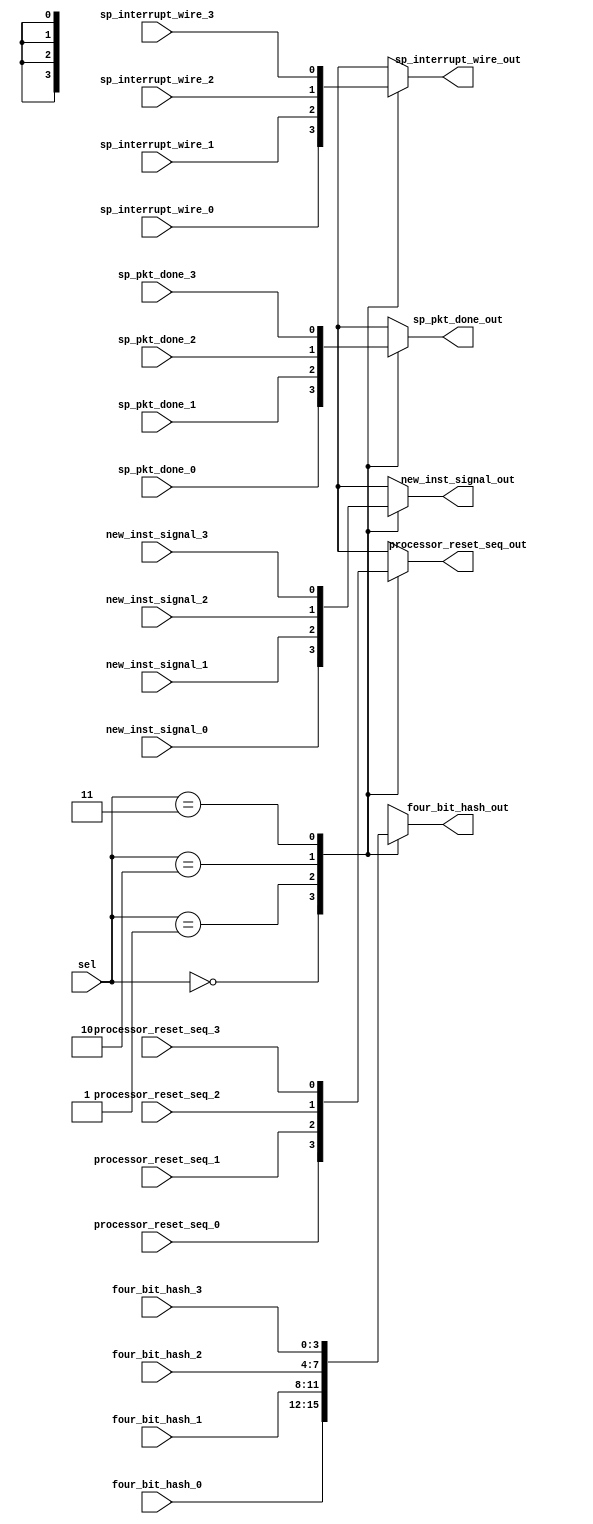
module mux_41(
    input       [1:0] sel,
	 
	 input       [3:0] four_bit_hash_0,
	 input       new_inst_signal_0,
	 input       processor_reset_seq_0,
	 input       sp_pkt_done_0,
	 input       sp_interrupt_wire_0,	

	 input       [3:0] four_bit_hash_1,
	 input       new_inst_signal_1,
	 input       processor_reset_seq_1,
	 input       sp_pkt_done_1,
	 input       sp_interrupt_wire_1,
	 
	 input       [3:0] four_bit_hash_2,
	 input       new_inst_signal_2,
	 input       processor_reset_seq_2,
	 input       sp_pkt_done_2,
	 input       sp_interrupt_wire_2, 

	 input       [3:0] four_bit_hash_3,
	 input       new_inst_signal_3,
	 input       processor_reset_seq_3,
	 input       sp_pkt_done_3,
	 input       sp_interrupt_wire_3,
	 
	 output       [3:0] four_bit_hash_out,
	 output       new_inst_signal_out,
	 output       processor_reset_seq_out,
	 output       sp_pkt_done_out,
	 output       sp_interrupt_wire_out
	 );
	 
	 reg       [3:0] four_bit_hash_out_reg;
	 reg       new_inst_signal_out_reg;
	 reg       processor_reset_seq_out_reg;
	 reg       sp_pkt_done_out_reg;
	 reg       sp_interrupt_wire_out_reg;
	 
	 always @(*) begin
	 case (sel)
	     2'b00: begin
			   four_bit_hash_out_reg = four_bit_hash_0;
				new_inst_signal_out_reg = new_inst_signal_0;
				processor_reset_seq_out_reg = processor_reset_seq_0;
				sp_pkt_done_out_reg = sp_pkt_done_0;
				sp_interrupt_wire_out_reg = sp_interrupt_wire_0;
				end
				
			2'b01: begin
			   four_bit_hash_out_reg = four_bit_hash_1;
				new_inst_signal_out_reg = new_inst_signal_1;
				processor_reset_seq_out_reg = processor_reset_seq_1;
				sp_pkt_done_out_reg = sp_pkt_done_1;
				sp_interrupt_wire_out_reg = sp_interrupt_wire_1;
				end
				
			2'b10:begin
			   four_bit_hash_out_reg = four_bit_hash_2;
				new_inst_signal_out_reg = new_inst_signal_2;
				processor_reset_seq_out_reg = processor_reset_seq_2;
				sp_pkt_done_out_reg = sp_pkt_done_2;
				sp_interrupt_wire_out_reg = sp_interrupt_wire_2;
				end
				
			2'b11:begin
			   four_bit_hash_out_reg = four_bit_hash_3;
				new_inst_signal_out_reg = new_inst_signal_3;
				processor_reset_seq_out_reg = processor_reset_seq_3;
				sp_pkt_done_out_reg = sp_pkt_done_3;
				sp_interrupt_wire_out_reg = sp_interrupt_wire_3;
				end
	  endcase
	  end

	  assign four_bit_hash_out = four_bit_hash_out_reg;
	  assign	new_inst_signal_out = new_inst_signal_out_reg;
	  assign processor_reset_seq_out = processor_reset_seq_out_reg;
	  assign sp_pkt_done_out = sp_pkt_done_out_reg;
	  assign sp_interrupt_wire_out = sp_interrupt_wire_out_reg;
	  
endmodule